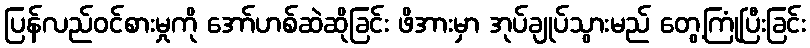
ပြန်လည်ဝင်စားမှုကို အော်ဟစ်ဆဲဆိုခြင်း ဖိအားမှာ အုပ်ချုပ်သွားမည် တွေ့ကြုံပြီးခြင်း